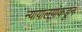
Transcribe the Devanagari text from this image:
न्यायालयांकडून